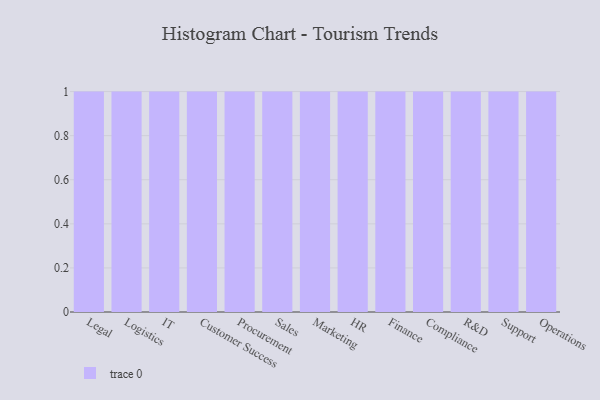
{"axis": {"x": "Department", "y": "Latency (ms)"}, "legend": [""], "data": [{"x": "Legal", "y": 1, "type": ""}, {"x": "Logistics", "y": 71, "type": ""}, {"x": "IT", "y": 3, "type": ""}, {"x": "Customer Success", "y": 62, "type": ""}, {"x": "Procurement", "y": 64, "type": ""}, {"x": "Sales", "y": 82, "type": ""}, {"x": "Marketing", "y": 90, "type": ""}, {"x": "HR", "y": 94, "type": ""}, {"x": "Finance", "y": 88, "type": ""}, {"x": "Compliance", "y": 37, "type": ""}, {"x": "R&D", "y": 42, "type": ""}, {"x": "Support", "y": 78, "type": ""}, {"x": "Operations", "y": 47, "type": ""}]}